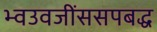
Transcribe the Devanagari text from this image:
भ्वउवजींससपबद्ध